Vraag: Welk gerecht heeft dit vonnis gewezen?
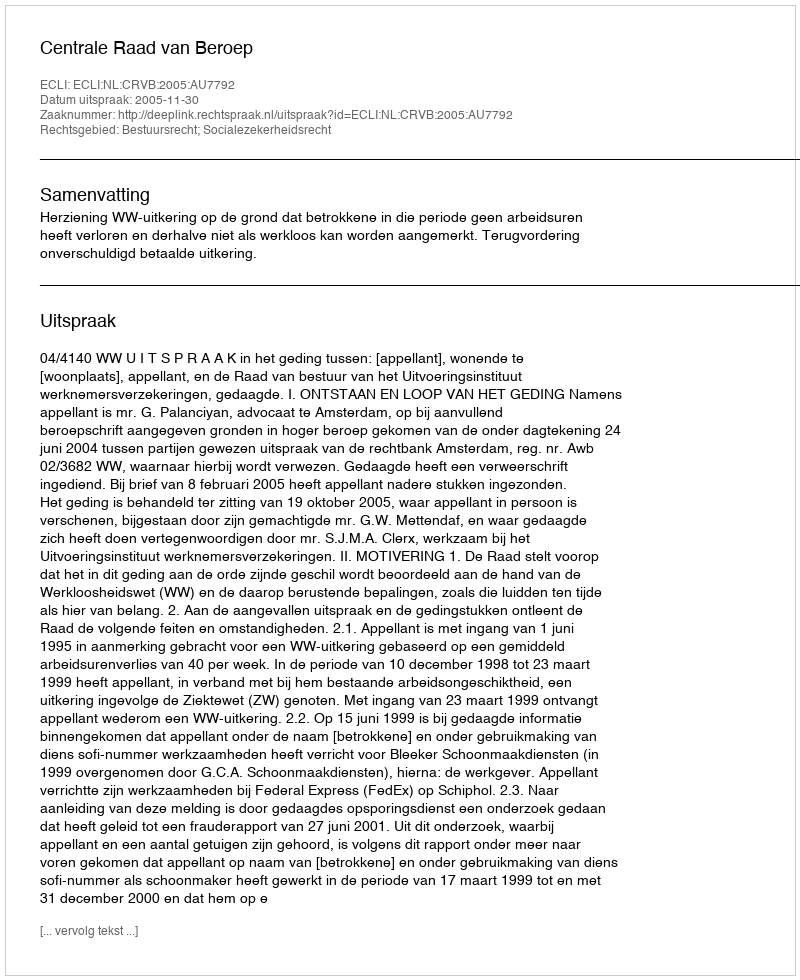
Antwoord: Centrale Raad van Beroep